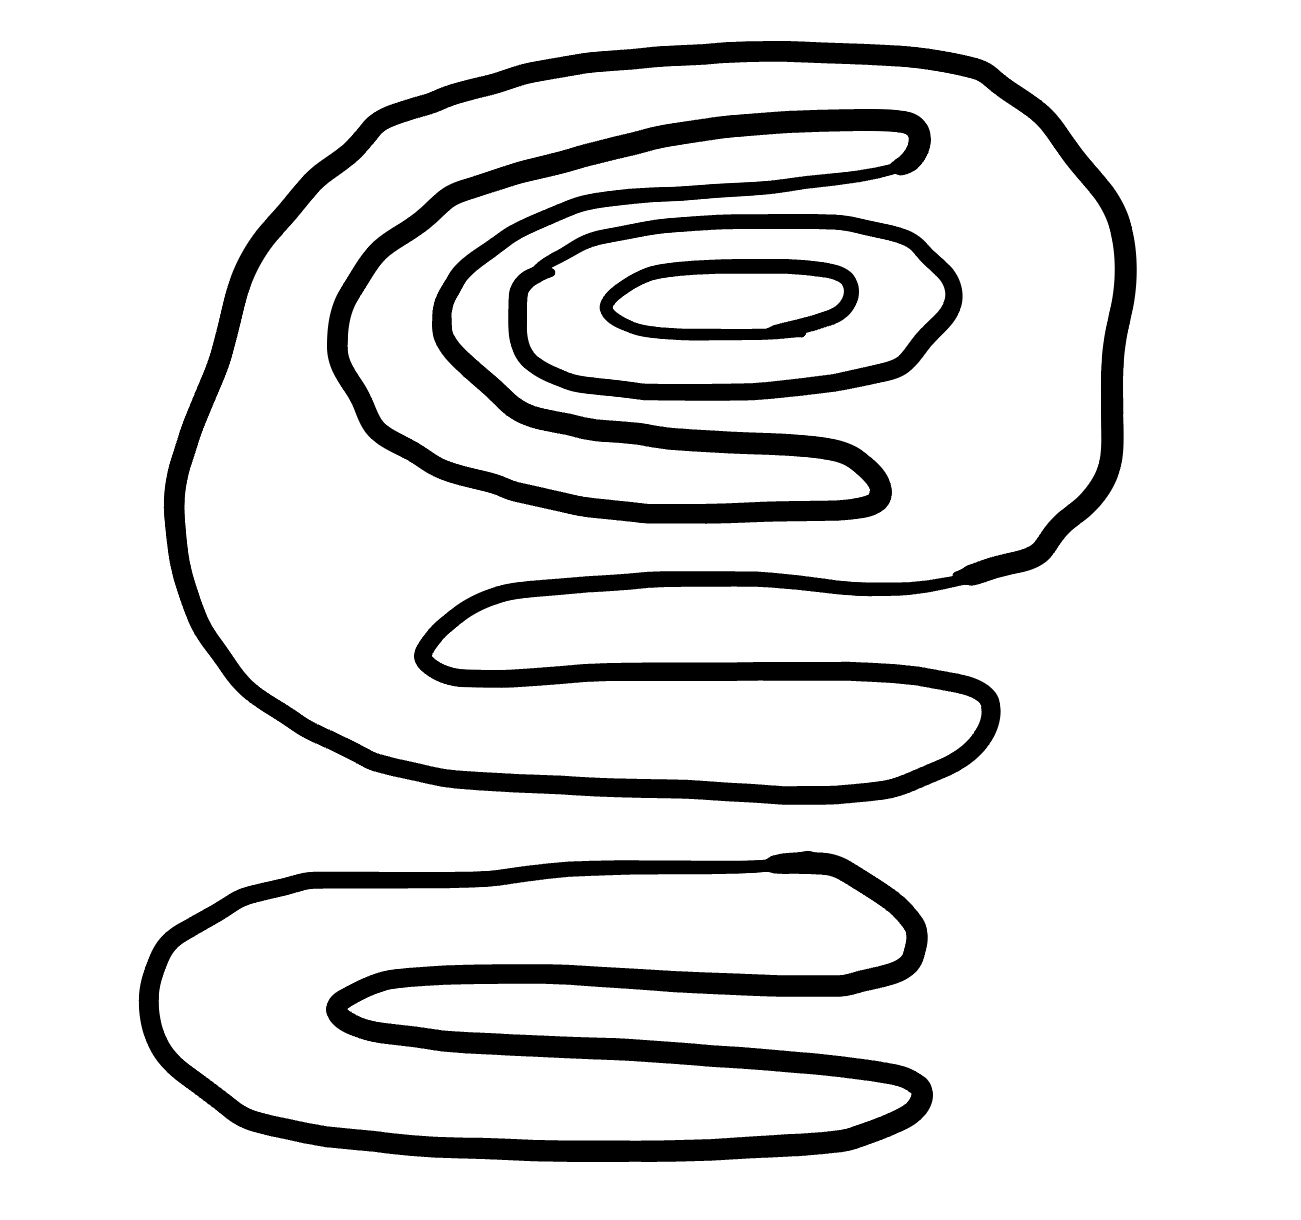
Number of regions (including the outer root region): 6
Containment tree edges (parent, child): 0, 1, 0, 2, 2, 3, 2, 5, 3, 4